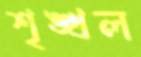
শৃঙ্খল